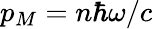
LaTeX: p_{M}=n\hbar\omega/c